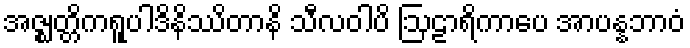
အဇ္ဈတ္တိကရူပါဒိနိဿိတာနိ သီလဝါပိ ဩဠာရိကာပေ အာပန္နဘာဝံ